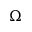
\Omega